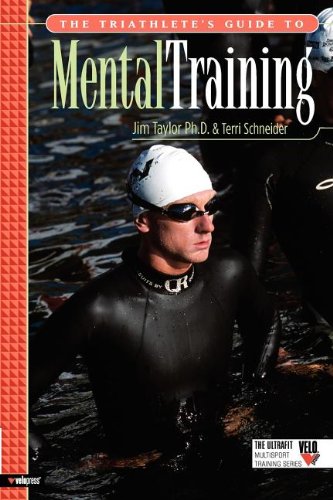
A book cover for The Triathlete's Guide to Mental Training (Ultrafit Multisport Training); Ph.D. Jim Taylor; Health, Fitness & Dieting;